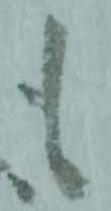
も